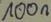
Text: 100n